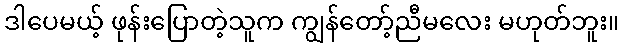
ဒါပေမယ့် ဖုန်းပြောတဲ့သူက ကျွန်တော့်ညီမလေး မဟုတ်ဘူး။